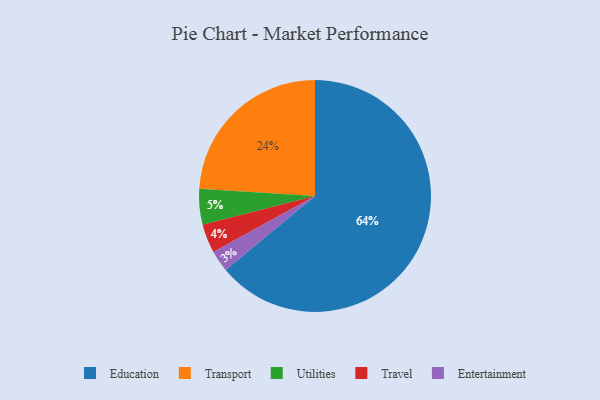
{"axis": {"x": "Category", "y": "Percentage"}, "legend": ["Education", "Entertainment", "Transport", "Travel", "Utilities"], "data": [{"x": "Entertainment", "y": 3, "type": "Entertainment"}, {"x": "Transport", "y": 24, "type": "Transport"}, {"x": "Utilities", "y": 5, "type": "Utilities"}, {"x": "Education", "y": 64, "type": "Education"}, {"x": "Travel", "y": 4, "type": "Travel"}]}